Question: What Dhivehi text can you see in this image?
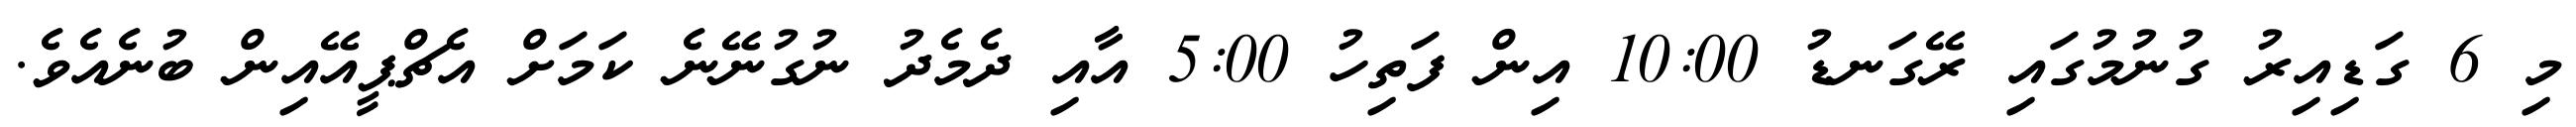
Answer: މި 6 ގަޑިއިރު ގުނުމުގައި ރޭގަނޑު 10:00 އިން ފަތިހު 5:00 އާއި ދެމެދު ނުގުނޭނެ ކަމަށް އެޗްޕީއޭއިން ބުނެއެވެ.